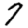
Digit: 7